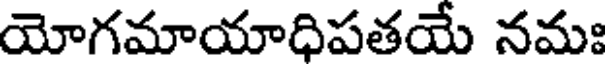
యోగమాయాధిపతయే నమః